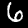
Label: 6